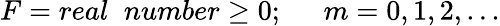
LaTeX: F=real\; \; number\geq 0;\; \; \; \; \; m=0,1,2,...